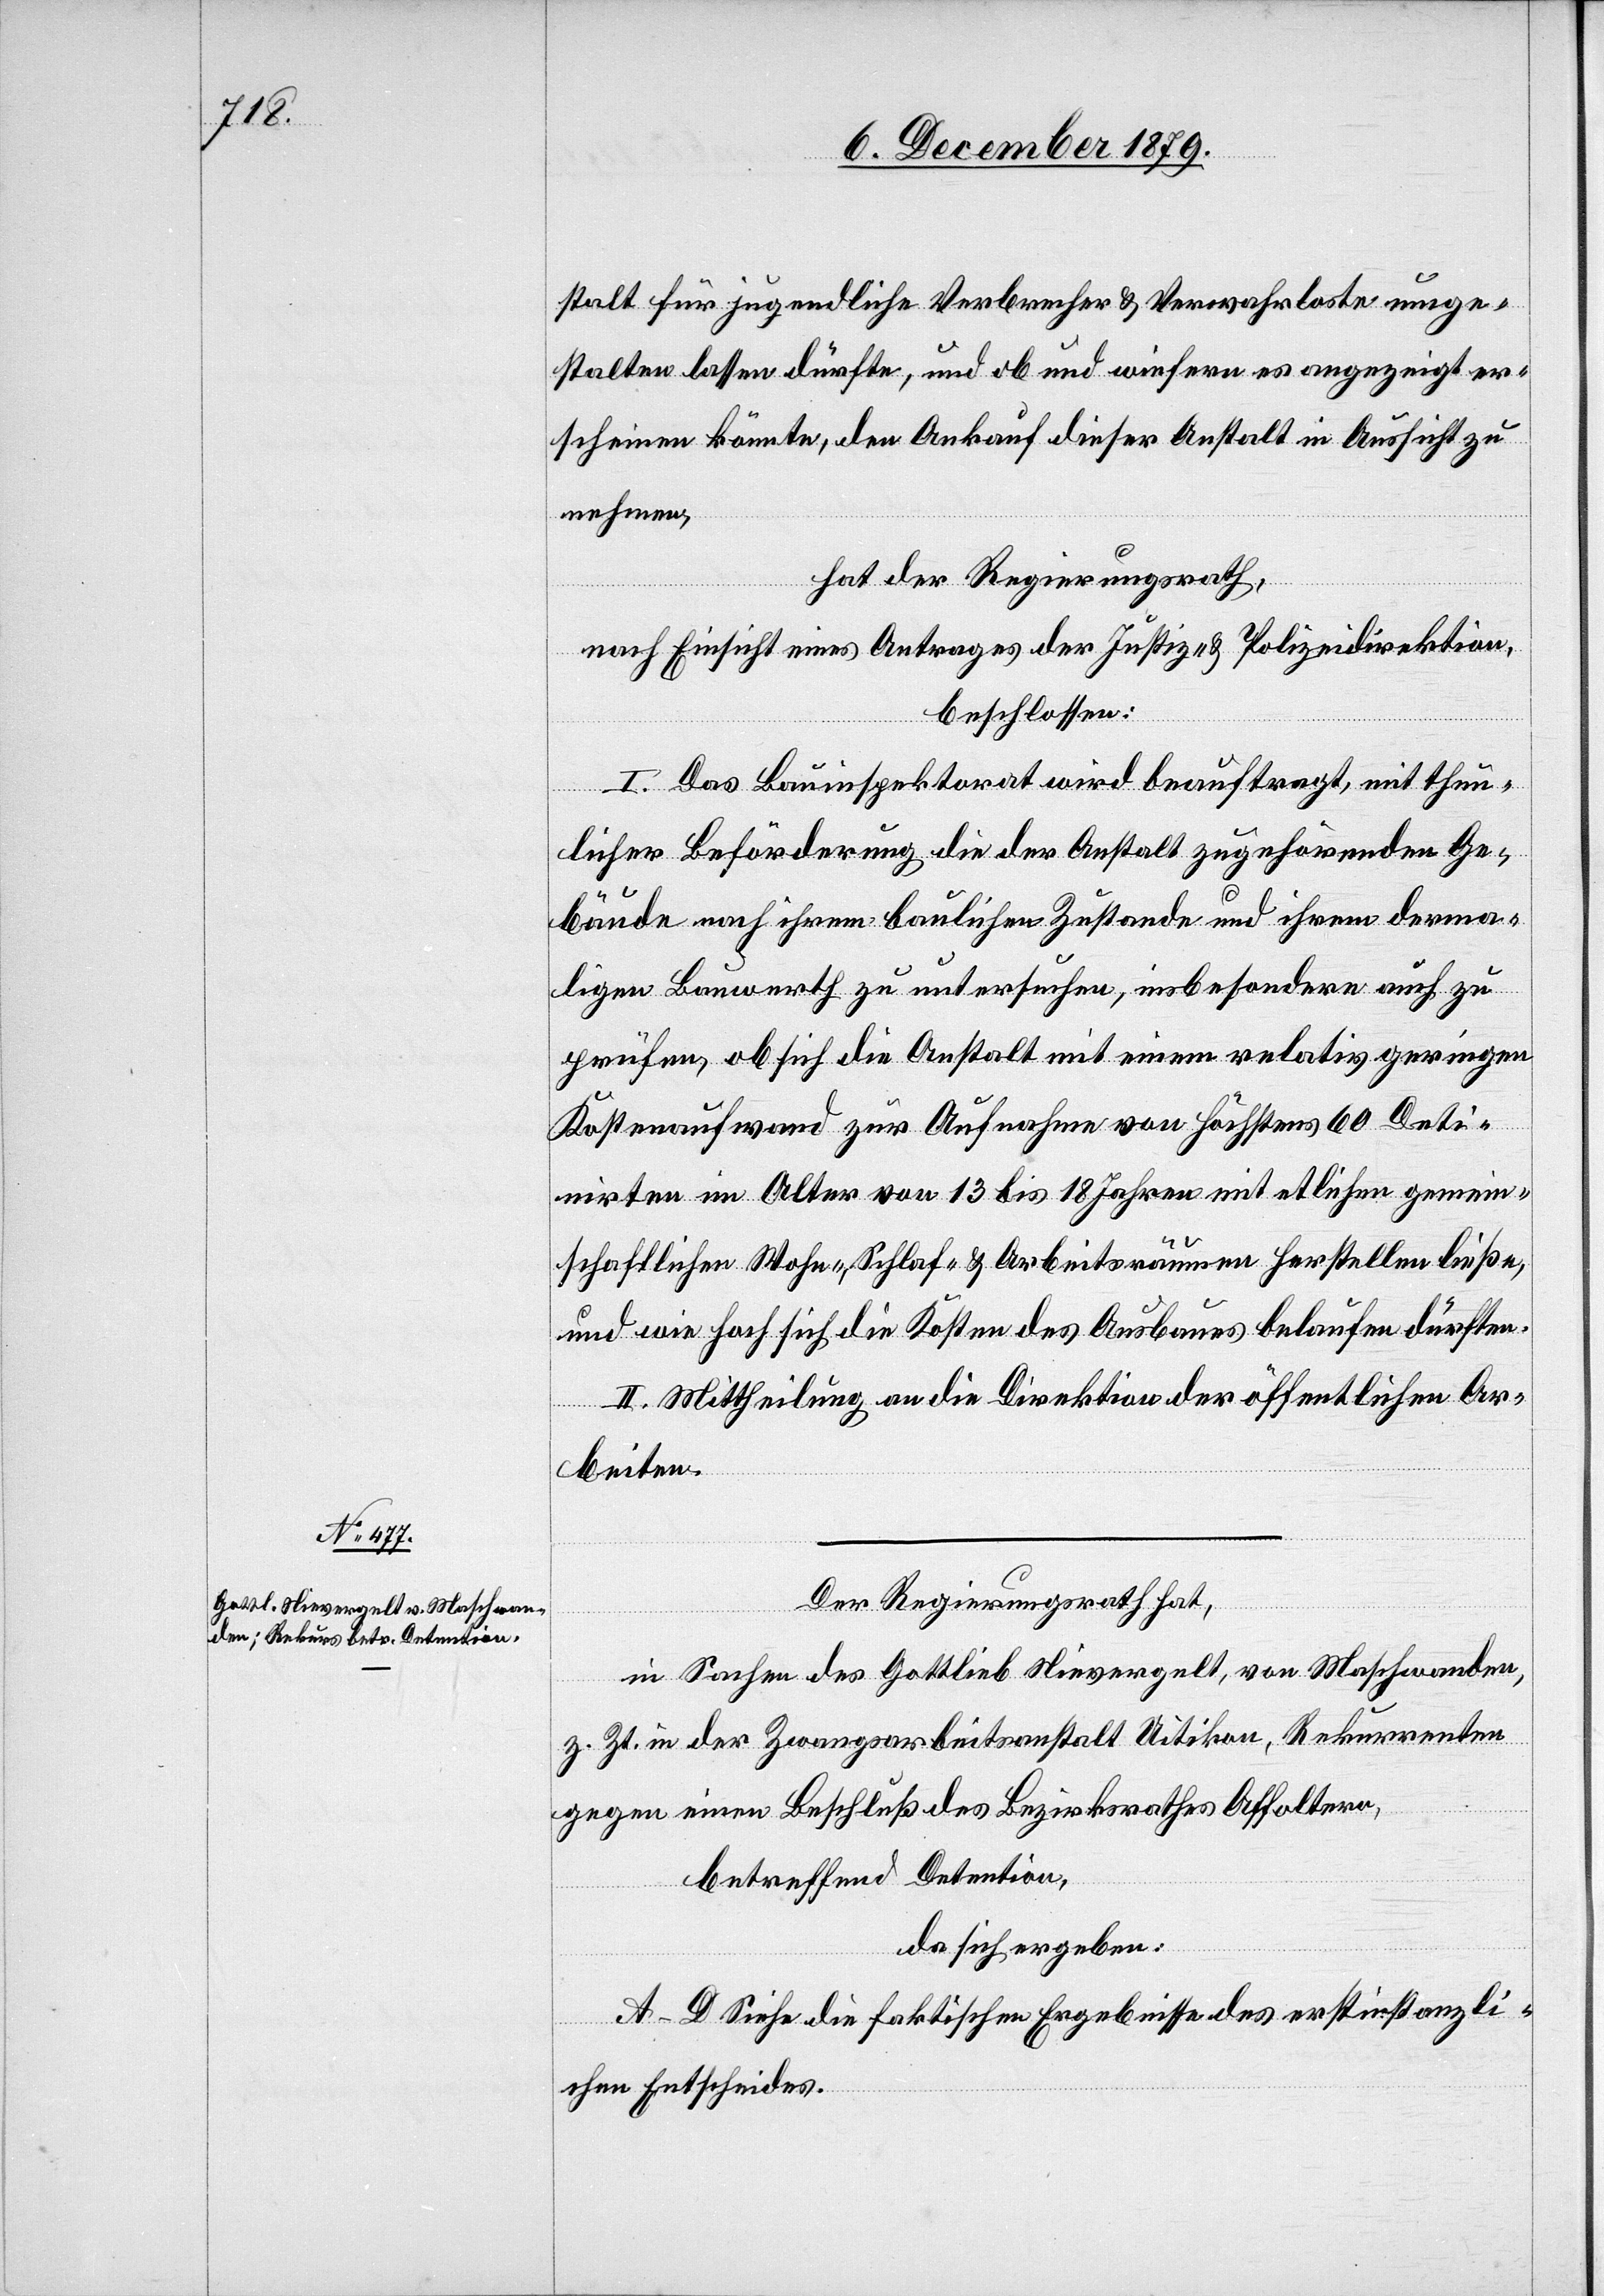
stalt für jugendliche Verbrecher & Verwahrloste umge¬
stalten lassen dürfte, und ob und wiefern es angezeigt er¬
scheinen könnte, den Ankauf dieser Anstalt in Aussicht zu
nehmen,
hat der Regierungsrath,
nach Einsicht eines Antrages der Justiz- & Polizeidirektion,
beschlossen:
I. Das Bauinspektorat wird beauftragt, mit thun¬
licher Beförderung die der Anstalt zugehörenden Ge¬
bäude nach ihrem baulichen Zustande und ihrem derma¬
ligen Bauwerth zu untersuchen, insbesondere auch zu
prüfen, ob sich die Anstalt mit einem relativ geringen
Kostenaufwand zur Aufnahme von höchstens 60 Deti¬
nirten im Alter von 13 bis 18 Jahren mit etlichen gemein¬
schaftlichen Wohn-, Schlaf- & Arbeitsräumen herstellen ließe,
und wie hoch sich die Kosten des Ausbaues belaufen dürften.
II. Mittheilung an die Direktion der öffentlichen Ar¬
beiten.
Der Regierungsrath hat,
in Sachen des Gottlieb Nievergelt, von Maschwanden,
z. Zt. in der Zwangsarbeitsanstalt Uitikon, Rekurrenten
gegen einen Beschluß des Bezirksrathes Affoltern,
betreffend Detention,
da sich ergeben:
A–D Siehe die faktischen Ergebnisse des erstinstanzli¬
chen Entscheides.